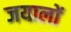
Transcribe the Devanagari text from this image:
जयालों